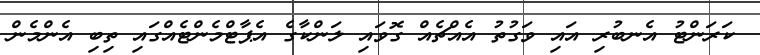
ކަރަންޓު އެނބުރި އައި ވަގުތު އެއްޗެއް ގޮވައި ލަންކާގެ އެޕާޓްމެންޓެއްގައި ތިބި އެންމެން